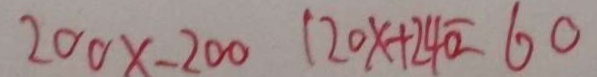
2 0 0 \times - 2 0 0 1 2 0 x + 2 4 0 = 6 0